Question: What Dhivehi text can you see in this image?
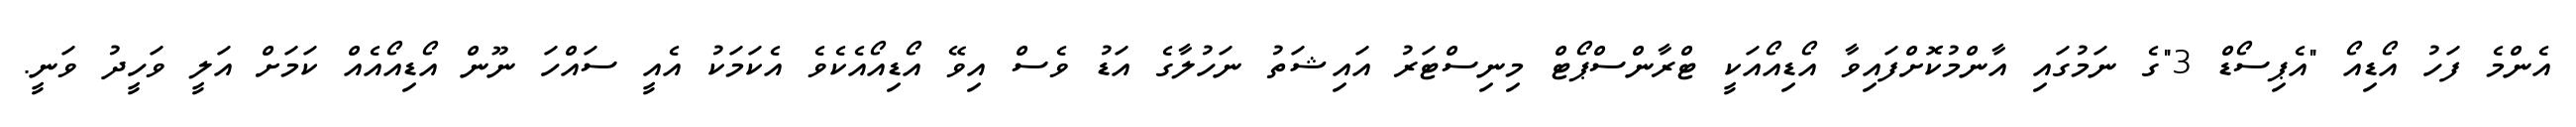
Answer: އެންމެ ފަހު އޯޑިއޯ "އެޕިސޯޑް 3"ގެ ނަމުގައި އާންމުކޮށްފައިވާ އޯޑިއޯއަކީ ޓްރާންސްޕޯޓް މިނިސްޓަރު އައިޝަތު ނަހުލާގެ އަޑު ވެސް އިވޭ އޯޑިއޯއެކެވެ އެކަމަކު އެއީ ސައްހަ ނޫން އޯޑިއޯއެއް ކަމަށް އަލީ ވަހީދު ވަނީ.